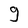
Character: g